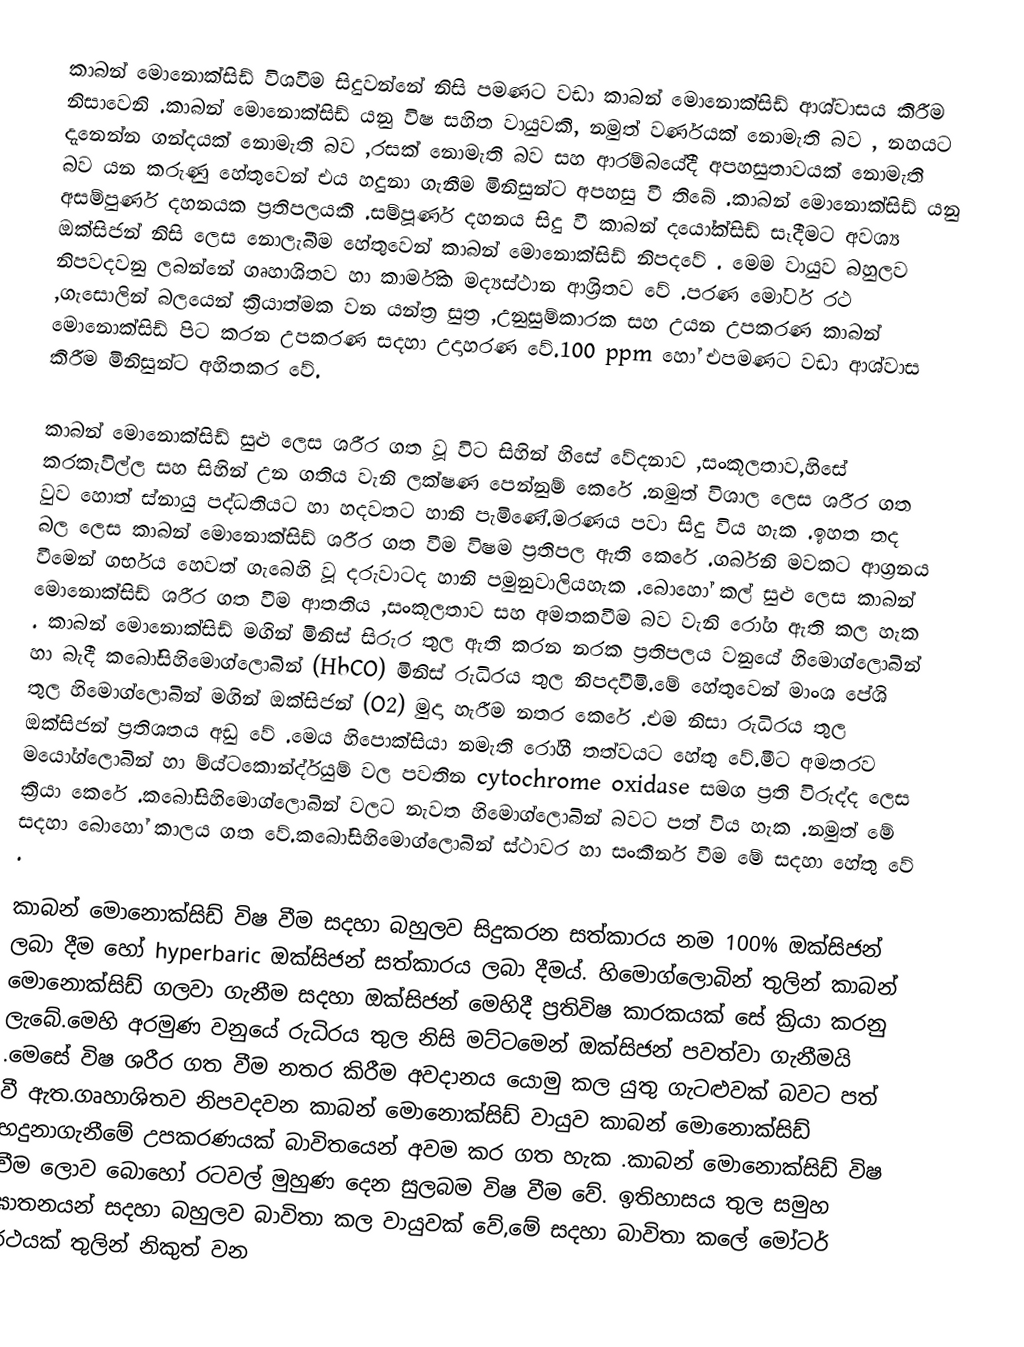
කාබන් මොනොක්සිඩ් විශවීම සිදුවන්නේ නිසි පමණට වඩා කාබන් මොනොක්සිඩ් ආශ්වාසය කිරීම නිසාවෙනි .කාබන් මොනොක්සිඩ් යනු විෂ සහිත වායුවකි, නමුත් වර්ණයක් නොමැති බව ,	නහයට දැනෙන්න ගන්දයක් නොමැති බව ,රසක් නොමැති බව සහ ආරම්බයේදී අපහසුතාවයක් නොමැති බව යන කරුණු හේතුවෙන් එය හදුනා ගැනීම මිනිසුන්ට අපහසු වී තිබේ .කාබන් මොනොක්සිඩ් යනු අසම්පුර්ණ දහනයක ප්‍රතිපලයකි .සම්පූර්ණ දහනය සිදු වී කාබන් දයෝක්සිඩ් සෑදීමට අවශ්‍ය ඔක්සිජන් නිසි ලෙස නොලැබීම හේතුවෙන් කාබන් මොනොක්සිඩ් නිපදවේ . මෙම වායුව බහුලව නිපවදවනු ලබන්නේ ගෘහාශිතව හා කාර්මික මද්‍යස්ථාන ආශ්‍රිතව වේ .පරණ මෝටර් රථ ,ගැසොලින් බලයෙන් ක්‍රියාත්මක වන යන්ත්‍ර සුත්‍ර ,උනුසුම්කාරක සහ උයන උපකරණ කාබන් මොනොක්සිඩ් පිට කරන උපකරණ සදහා උදාහරණ වේ.100 ppm හෝ එපමණට වඩා ආශ්වාස කිරීම මිනිසුන්ට අහිතකර වේ.

කාබන් මොනොක්සිඩ් සුළු ලෙස ශරීර ගත වූ විට සිහින් හිසේ වේදනාව ,සංකූලතාව,හිසේ කරකැවිල්ල සහ සිහින් උන ගතිය වැනි ලක්ෂණ පෙන්නුම් කෙරේ .නමුත් විශාල ලෙස ශරීර ගත වුව හොත් ස්නායු පද්ධතියට හා හදවතට හානි පැමිණේ.මරණය පවා සිදු විය හැක .ඉහත තද බල ලෙස කාබන් මොනොක්සිඩ් ශරීර ගත වීම විෂම ප්‍රතිපල ඇති  කෙරේ .ගර්බනි මවකට ආග්‍රනය වීමෙන් ගර්භය හෙවත් ගැබෙහි වූ දරුවාටද හානි පමුනුවාලියහැක .බොහෝ කල් සුළු ලෙස කාබන් මොනොක්සිඩ් ශරීර ගත වීම ආතතිය ,සංකූලතාව සහ අමතකවීම  බව වැනි රෝග ඇති කල හැක . කාබන් මොනොක්සිඩ් මගින් මිනිස් සිරුර තුල ඇති කරන නරක ප්‍රතිපලය වනුයේ හිමොග්ලොබින් හා බැදී කබෝසිහිමොග්ලොබින් (HbCO) මිනිස් රුධිරය තුල නිපදවීමි.මේ  හේතුවෙන් මාංශ  පේශි තුල හිමොග්ලොබින් මගින් ඔක්සිජන් (O2)  මුදා හැරීම නතර කෙරේ .එම නිසා රුධිරය තුල ඔක්සිජන් ප්‍රතිශතය අඩු වේ .මෙය හිපොක්සියා නමැති රෝගී තත්වයට හේතු වේ.මීට අමතරව මයෝග්ලොබින් හා ම්ය්ටකොන්ද්ර්යුම් වල පවතින cytochrome oxidase සමග ප්‍රති විරුද්ද ලෙස ක්‍රියා කෙරේ .කබෝසිහිමොග්ලොබින් වලට නැවත  හිමොග්ලොබින් බවට පත් විය හැක .නමුත් මේ සදහා බොහෝ කාලය ගත වේ.කබෝසිහිමොග්ලොබින් ස්ථාවර හා සංකීර්න වීම මේ සදහා හේතු වේ .

කාබන් මොනොක්සිඩ් විෂ වීම සදහා බහුලව සිදුකරන සත්කාරය නම 100% ඔක්සිජන් ලබා දීම හෝ  hyperbaric ඔක්සිජන් සත්කාරය ලබා  දීමය්. හිමොග්ලොබින් තුලින් කාබන් මොනොක්සිඩ් ගලවා ගැනීම සදහා ඔක්සිජන් මෙහිදී ප්‍රතිවිෂ කාරකයක් සේ ක්‍රියා කරනු ලැබේ.මෙහි අරමුණ වනුයේ රුධිරය තුල නිසි මට්ටමෙන් ඔක්සිජන් පවත්වා ගැනීමයි .මෙසේ විෂ ශරීර ගත වීම නතර කිරීම අවදානය යොමු කල යුතු ගැටළුවක් බවට පත් වී ඇත.ගෘහාශිතව නිපවදවන කාබන් මොනොක්සිඩ් වායුව කාබන් මොනොක්සිඩ් හදුනාගැනීමේ උපකරණයක් බාවිතයෙන් අවම කර ගත හැක .කාබන් මොනොක්සිඩ් විෂ වීම ලොව බොහෝ රටවල් මුහුණ දෙන සුලබම විෂ වීම වේ. ඉතිහාසය තුල සමුහ ඝාතනයන් සදහා බහුලව බාවිතා කල වායුවක් වේ,මේ සදහා බාවිතා කලේ මෝටර් රථයක් තුලින් නිකුත් වන